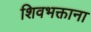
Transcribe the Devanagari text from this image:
शिवभक्ताना